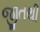
જીતથી